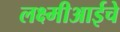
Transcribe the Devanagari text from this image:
लक्ष्मीआईचे